Report on lock hospitals in British Burma
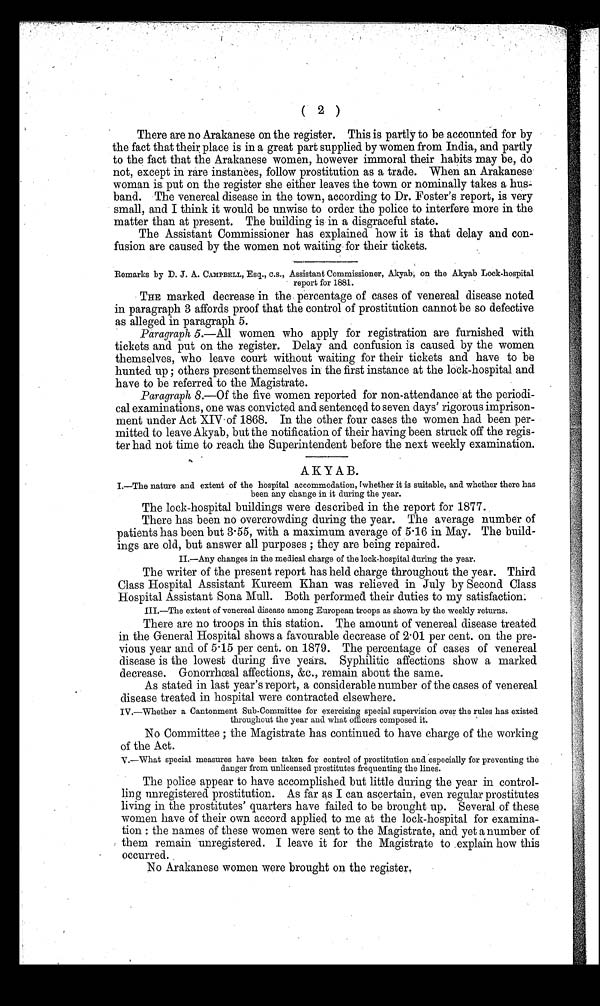
( 2 )
There are no Arakanese on the register. This is partly to be accounted for by
the fact that their place is in a great part supplied by women from India, and partly
to the fact that the Arakanese women, however immoral their habits may be, do
not, except in rare instances, follow prostitution as a trade. When an Arakanese
woman is put on the register she either leaves the town or nominally takes a hus-
band. The venereal disease in the town, according to Dr. Foster's report, is very
small, and I think it would be unwise to order the police to interfere more in the
matter than at present. The building is in a disgraceful state.
The Assistant Commissioner has explained how it is that delay and con-
fusion are caused by the women not waiting for their tickets.
Remarks by D. J. A. CAMPBELL, Esq., c.s., Assistant Commissioner, Akyab, on the Akyab Lock-hospital
report for 1881.
THE marked decrease in the percentage of cases of venereal disease noted
in paragraph 3 affords proof that the control of prostitution cannot be so defective
as alleged in paragraph 5.
Paragraph 5.—All women who apply for registration are furnished with
tickets and put on the register. Delay and confusion is caused by the women
themselves, who leave court without waiting for their tickets and have to be
hunted up ; others present themselves in the first instance at the lock-hospital and
have to be referred to the Magistrate.
Paragraph 8.—Of the five women reported for non-attendance at the periodi-
cal examinations, one was convicted and sentenced to seven days' rigorous imprison-
ment under Act XIV of 1868. In the other four cases the women had been per-
mitted to leave Akyab, but the notification of their having been struck off the regis-
ter had not time to reach the Superintendent before the next weekly examination.
AK Y A B.
I.—The nature and extent of the hospital accommodation, [whether it is suitable, and whether there has
been any change in it during the year.
The lock-hospital buildings were described in the report for 1877.
There has been no overcrowding during the year. The average number of
patients has been but 3.55, with a maximum average of 5.16 in May. The build-
ings are old, but answer all purposes ; they are being repaired.
II.—Any changes in the medical charge of the lock-hospital during the year.
The writer of the present report has held charge throughout the year. Third
Class Hospital Assistant Kureem Khan was relieved in July by Second Class
Hospital Assistant Sona Mull. Both performed their duties to my satisfaction.
III.—The extent of venereal disease among European troops as shown by the weekly returns.
There are no troops in this station. The amount of venereal disease treated
in the General Hospital shows a favourable decrease of 2.01 per cent. on the pre-
vious year and of 5.15 per cent. on 1879. The percentage of cases of venereal
disease is the lowest during five years. Syphilitic affections show a marked
decrease. Gonorrhœal affections, &c., remain about the same.
As stated in last year's report, a considerable number of the cases of venereal
disease treated in hospital were contracted elsewhere.
IV.—Whether a Cantonment Sub-Committee for exercising special supervision over the rules has existed
throughout the year and what officers composed it.
No Committee ; the Magistrate has continued to have charge of the working
of the Act.
V.—What special measures have been taken for control of prostitution and especially for preventing the
danger from unlicensed prostitutes frequenting the lines.
The police appear to have accomplished but little during the year in control-
ling unregistered prostitution. As far as I can ascertain, even regular prostitutes
living in the prostitutes' quarters have failed to be brought up. Several of these
women have of their own accord applied to me at the lock-hospital for examina-
tion : the names of these women were sent to the Magistrate, and yet a number of
them remain unregistered. I leave it for the Magistrate to .explain how this
occurred.
No Arakanese women were brought on the register.